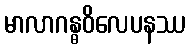
မာလာဂန္ဓဝိလေပနဿ